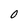
Character: 0